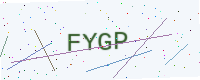
Text: FYGP